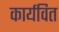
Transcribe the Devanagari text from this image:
कार्यवित